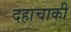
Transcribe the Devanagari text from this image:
दहाचाकी